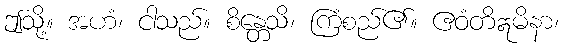
ဤသို့။ အဟံ၊ ငါသည်။ စိန္တေသိ၊ ကြံစည်၏။ ဧဝံတိဣမိနာ၊